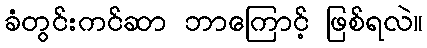
ခံတွင်းကင်ဆာ ဘာကြောင့် ဖြစ်ရလဲ။